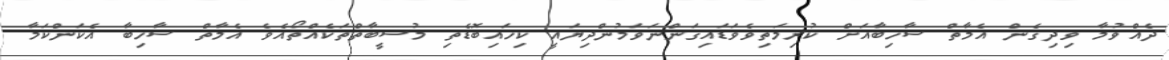
ދެއްވުމާ ވިދިގެން އެމާތް ސާހިބާއަށް ކުރިމަތިވެވަޑައިގަންނަވަމުންދިޔައީ ކިހައިބޮޑެތި މުސީބާތްތަކެއްތޯއެވެ އެމާތް ސާހިބާ އެކަންކަމާ